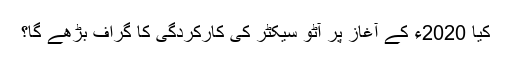
کیا 2020ء کے آغاز پر آٹو سیکٹر کی کارکردگی کا گراف بڑھے گا؟